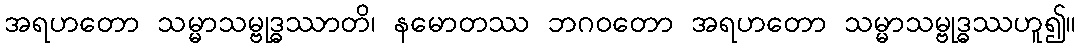
အရဟတော သမ္မာသမ္ဗုဒ္ဓဿာတိ၊ နမောတဿ ဘဂဝတော အရဟတော သမ္မာသမ္ဗုဒ္ဓဿဟူ၍။